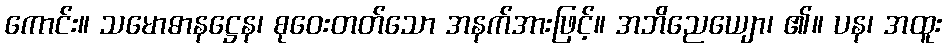
ကောင်း။ သမောဓာနဋ္ဌေန၊ စုဝေးတတ်သော အနက်အားဖြင့်။ အဘိညေယျော၊ ၏။ ပန၊ အထူး